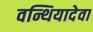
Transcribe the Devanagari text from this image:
वन्थियादेवा